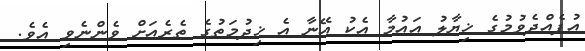
އުފެއްދެވުމުގެ ޚިޔާލު އައުމާ އެކު އޭނާ އެ ޚިދުމަތުގެ ތެރެއަށް ވެންނެވި އެވެ.